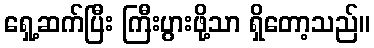
ရှေ့ဆက်ပြီး ကြီးပွားဖို့သာ ရှိတော့သည်။